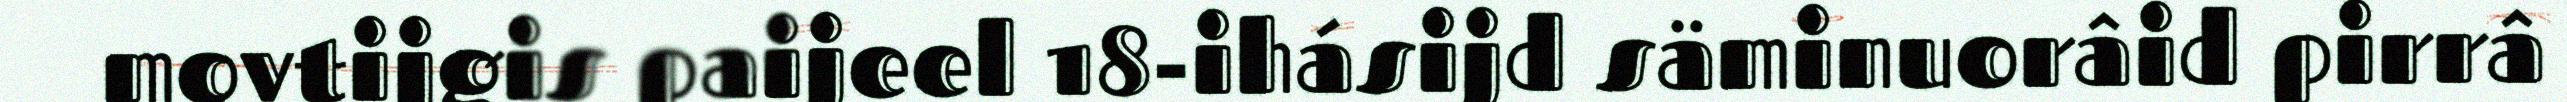
movtijgis paijeel 18-ihásijd säminuorâid pirrâ